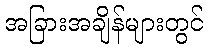
အခြားအချိန်များတွင်